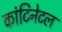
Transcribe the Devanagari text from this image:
कांटिनेटल